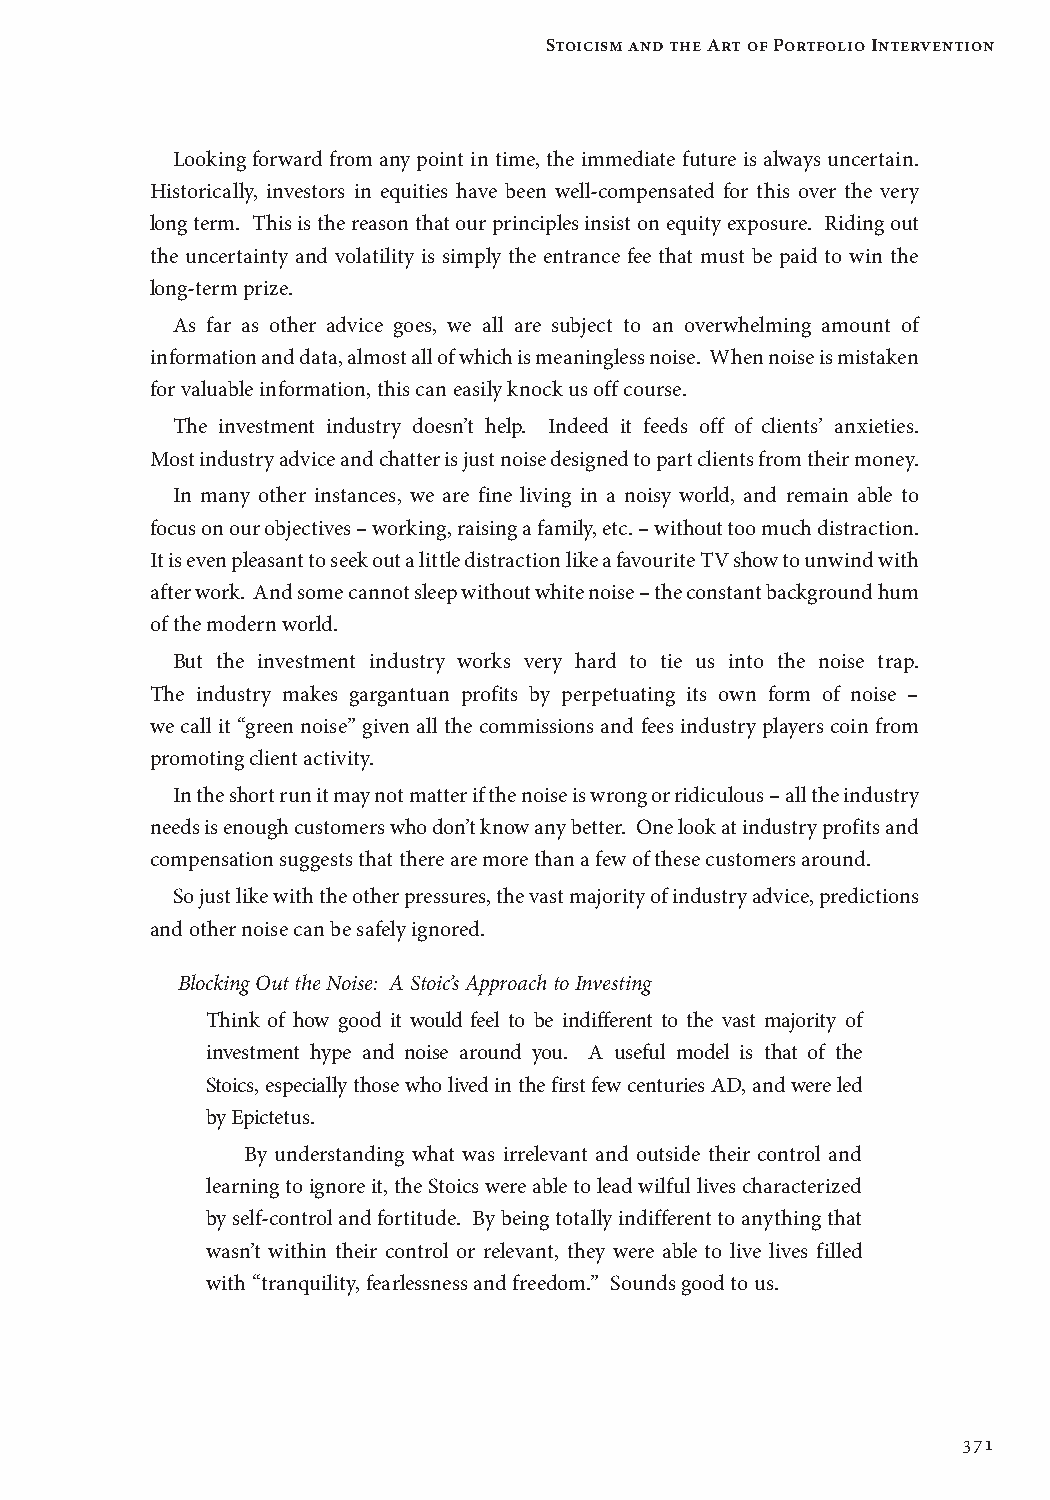
Stoicism and the Art of Portfolio Intervention
 Looking forward from any point in time, the immediate future is always uncertain.
 Historically, investors in equities have been well-compensated for this over the very
 long term. This is the reason that our principles insist on equity exposure. Riding out
 the uncertainty and volatility is simply the entrance fee that must be paid to win the
 long-term prize.
 As far as other advice goes, we all are subject to an overwhelming amount of
 information and data, almost all of which is meaningless noise. When noise is mistaken
 for valuable information, this can easily knock us off course.
 The investment industry doesn’t help. Indeed it feeds off of clients’ anxieties.
 Most industry advice and chatter is just noise designed to part clients from their money.
 In many other instances, we are fine living in a noisy world, and remain able to
 focus on our objectives – working, raising a family, etc. – without too much distraction.
 It is even pleasant to seek out a little distraction like a favourite TV show to unwind with
 after work. And some cannot sleep without white noise – the constant background hum
 of the modern world.
 But the investment industry works very hard to tie us into the noise trap.
 The industry makes gargantuan profits by perpetuating its own form of noise –
 we call it “green noise” given all the commissions and fees industry players coin from
 promoting client activity.
 In the short run it may not matter if the noise is wrong or ridiculous – all the industry
 needs is enough customers who don’t know any better. One look at industry profits and
 compensation suggests that there are more than a few of these customers around.
 So just like with the other pressures, the vast majority of industry advice, predictions
 and other noise can be safely ignored.
 Blocking Out the Noise: A Stoic’s Approach to Investing
 Think of how good it would feel to be indifferent to the vast majority of
 investment hype and noise around you. A useful model is that of the
 Stoics, especially those who lived in the first few centuries AD, and were led
 by Epictetus.
 By understanding what was irrelevant and outside their control and
 learning to ignore it, the Stoics were able to lead wilful lives characterized
 by self-control and fortitude. By being totally indifferent to anything that
 wasn’t within their control or relevant, they were able to live lives filled
 with “tranquility, fearlessness and freedom.” Sounds good to us.
 371